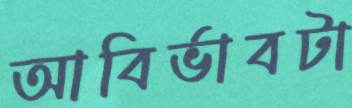
আবির্ভাবটা